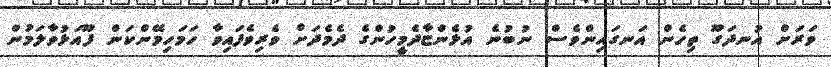
ވަރަށް އުނދަގޫ ތިހެން އަނގައިންވެސް ނުބުނެ އުޅެންޏާދެމީހުންގެ ދެމެދަށް ވެރިވެފައިވާ ހަމަހިމޭންކަން ފޫއަޅުވާލަމުން